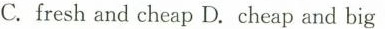
C.fresh and cheap D.Cheap and big